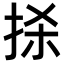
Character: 𢫬